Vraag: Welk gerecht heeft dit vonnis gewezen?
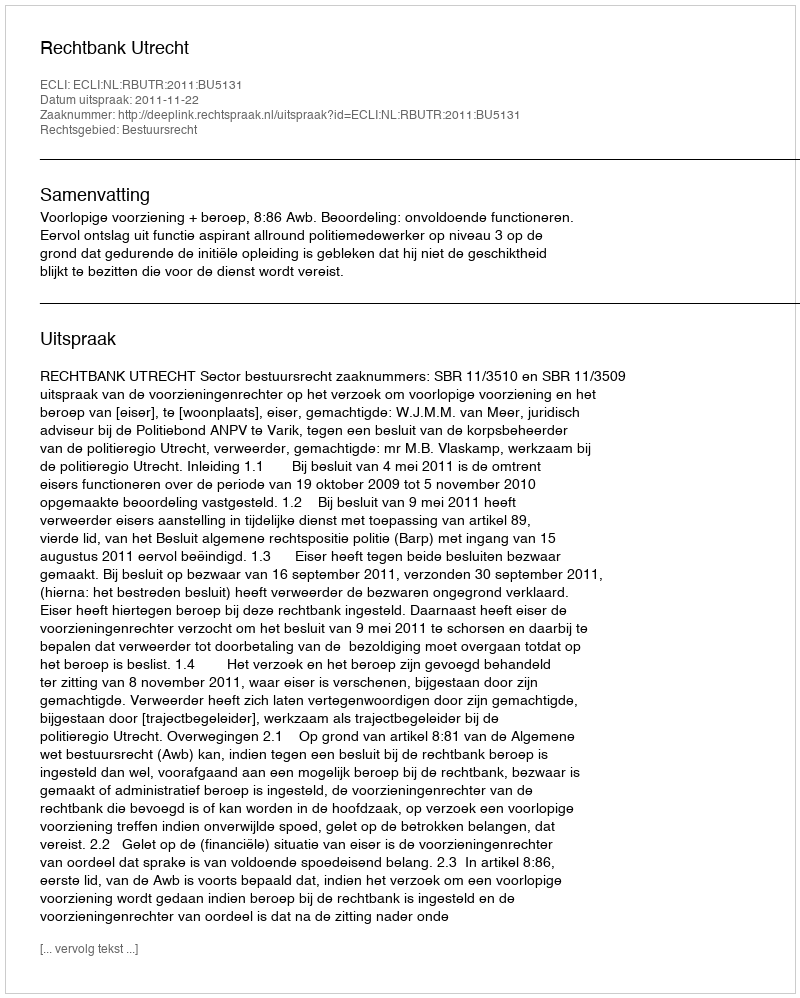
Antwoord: Rechtbank Utrecht